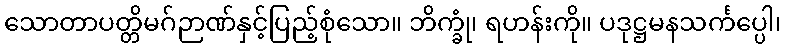
သောတာပတ္တိမဂ်ဉာဏ်နှင့်ပြည့်စုံသော။ ဘိက္ခုံ၊ ရဟန်းကို။ ပဒုဋ္ဌမနသင်္ကပ္ပေါ၊